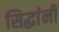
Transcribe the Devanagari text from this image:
सिद्धांनी